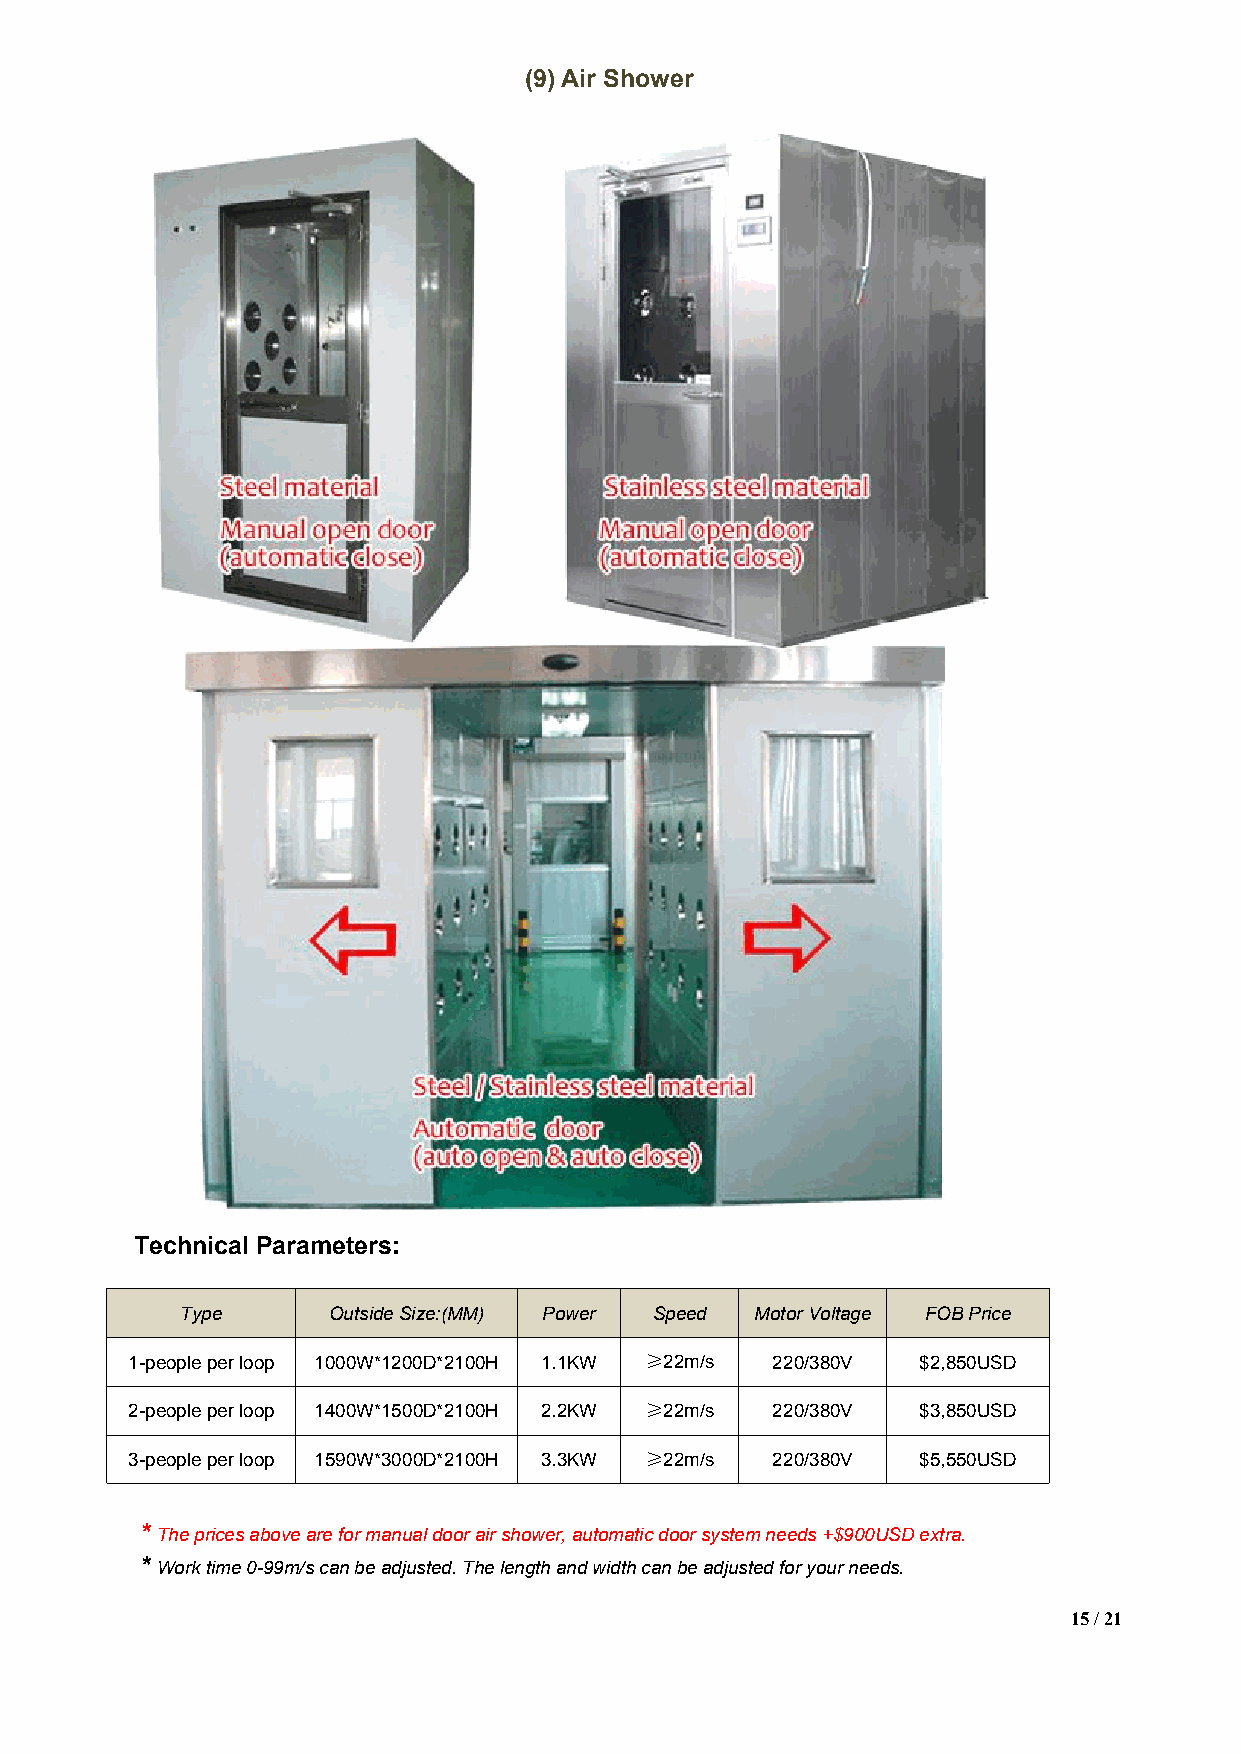
(9)Air Shower
 Technical Parameters:
 Type      OutsideSize:(MM) Power Speed MotorVoltage FOBPrice
 1-peopleperloop 1000W*1200D*2100H 1.1KW ≥22m/s 220/380V $2,850USD
 2-peopleperloop 1400W*1500D*2100H 2.2KW ≥22m/s 220/380V $3,850USD
 3-peopleperloop 1590W*3000D*2100H 3.3KW ≥22m/s 220/380V $5,550USD
 *Thepricesaboveareformanualdoorairshower,automaticdoorsystemneeds+$900USDextra.
 *Worktime0-99m/scanbeadjusted.Thelengthandwidthcanbeadjustedforyourneeds.
 15/21